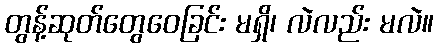
တွန့်ဆုတ်တွေဝေခြင်း မရှိ၊ လဲလည်း မလဲ။